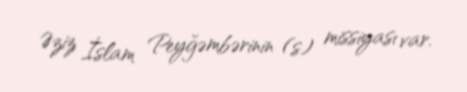
Əziz İslam Peyğəmbərinin (s) missiyası var.